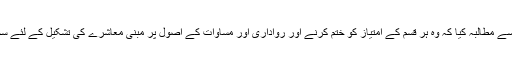
انہوں نے حکومت سے مطالبہ کیا کہ وہ ہر قسم کے امتیاز کو ختم کرنے اور رواداری اور مساوات کے اصول پر مبنی معاشرے کی تشکیل کے لئے سخت اقدامات کرے ۔